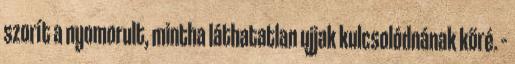
szorít a nyomorult, mintha láthatatlan ujjak kulcsolódnának köré. –